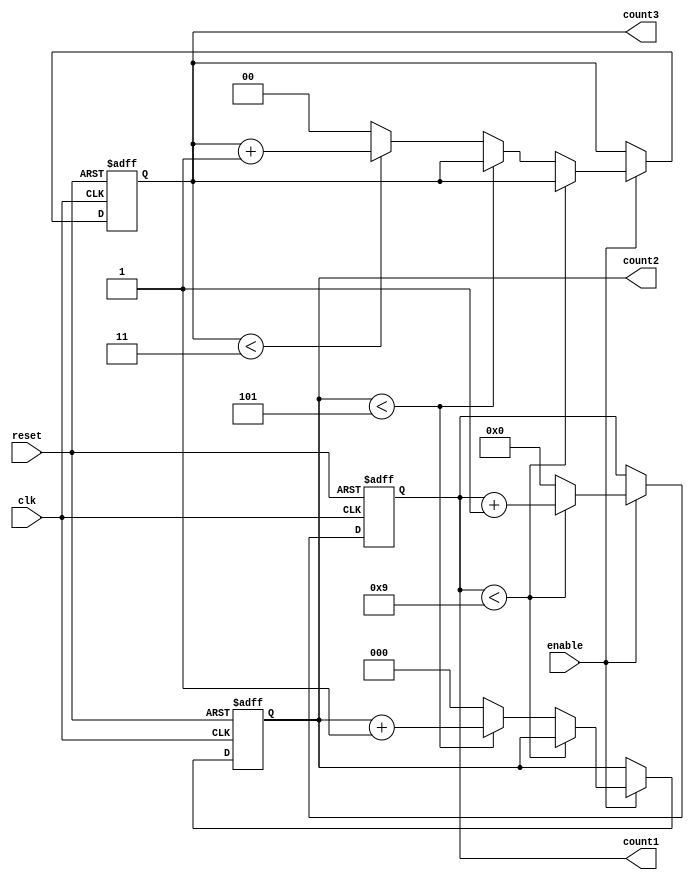
module mixed_radix_counter (
    input wire clk,          // Clock input
    input wire reset,        // Asynchronous reset
    input wire enable,       // Counter enable
    output reg [3:0] count1, // Stage 1 count (Radix 10)
    output reg [2:0] count2, // Stage 2 count (Radix 6)
    output reg [1:0] count3  // Stage 3 count (Radix 4)
);

// Constants for the radices
localparam RADIX1 = 10;  // Radix for stage 1
localparam RADIX2 = 6;   // Radix for stage 2
localparam RADIX3 = 4;   // Radix for stage 3

// Counter logic
always @(posedge clk or posedge reset) begin
    if (reset) begin
        // Reset all counts to 0
        count1 <= 0;
        count2 <= 0;
        count3 <= 0;
    end else if (enable) begin
        // Increment the least significant stage
        if (count1 < RADIX1 - 1) begin
            count1 <= count1 + 1;
        end else begin
            count1 <= 0; // Reset stage 1 on overflow
            
            if (count2 < RADIX2 - 1) begin
                count2 <= count2 + 1;
            end else begin
                count2 <= 0; // Reset stage 2 on overflow
                
                if (count3 < RADIX3 - 1) begin
                    count3 <= count3 + 1;
                end else begin
                    count3 <= 0; // Reset stage 3 on overflow
                end
            end
        end
    end
end

endmodule